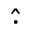
\hat { \cdot }